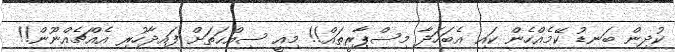
ކުދިން ބަނޑު ކޭމެއްހެން ކައި އެބަހަދާ މިސްޕާރީތައް!! މިއީ ސިއްޙަތަށް ފައިދާހުރި އެއްޗެއްނޫން!!